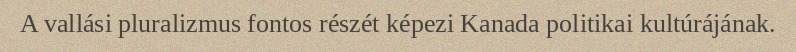
A vallási pluralizmus fontos részét képezi Kanada politikai kultúrájának.